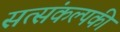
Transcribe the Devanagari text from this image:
सत्संकल्पकी